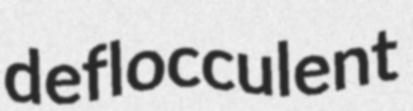
deflocculent